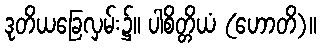
ဒုတိယခြေလှမ်း၌။ ပါစိတ္တိယံ (ဟောတိ)။